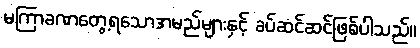
မကြာခဏတွေ့ရသောအမည်များနှင့် ခပ်ဆင်ဆင်ဖြစ်ပါသည်။